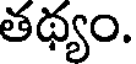
తథ్యం.